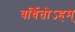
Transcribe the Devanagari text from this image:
वर्धितोऽहम्‌